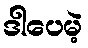
ဒါပေမဲ့